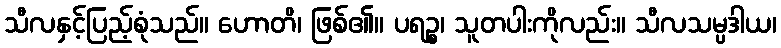
သီလနှင့်ပြည့်စုံသည်။ ဟောတိ၊ ဖြစ်၏။ ပရဉ္စ၊ သူတပါးကိုလည်း။ သီလသမ္ပဒါယ၊